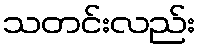
သတင်းလည်း